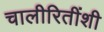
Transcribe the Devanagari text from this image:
चालीरितींशी